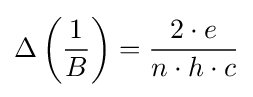
\Delta \left({\frac {1}{B}}\right)={\frac {2\cdot e}{n\cdot h\cdot c}}